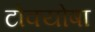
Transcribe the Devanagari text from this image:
टोक्योषा